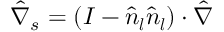
\hat { \nabla } _ { s } = ( I - \boldsymbol { \hat { n } _ { l } } \boldsymbol { \hat { n } _ { l } } ) \cdot \hat { \nabla }